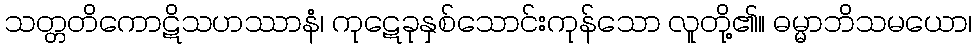
သတ္တတိကောဋိသဟဿာနံ၊ ကုဋေခုနှစ်သောင်းကုန်သော လူတို့၏။ ဓမ္မာဘိသမယော၊